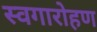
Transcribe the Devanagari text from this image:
स्वगारोहण